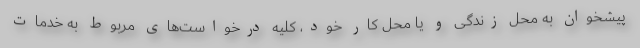
پیشخوان به محل زندگی و یا محل کار خود، کلیه درخواست‌های مربوط به خدمات